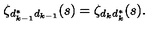
\zeta _ { d _ { k - 1 } ^ { * } d _ { k - 1 } } ( s ) = \zeta _ { d _ { k } d _ { k } ^ { * } } ( s ) .